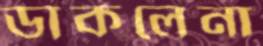
ডাকলেনা